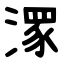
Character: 潈